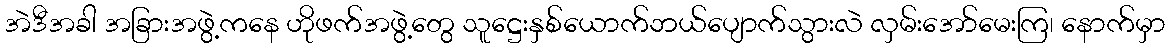
အဲဒီအခါ အခြားအဖွဲ့ကနေ ဟိုဖက်အဖွဲ့တွေ သူဋ္ဌေးနှစ်ယောက်ဘယ်ပျောက်သွားလဲ လှမ်းအော်မေးကြ၊ နောက်မှာ